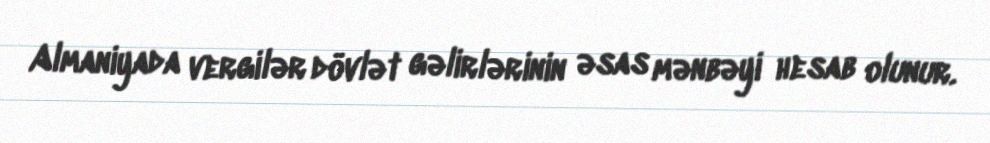
Almaniyada vergilər dövlət gəlirlərinin əsas mənbəyi hesab olunur.